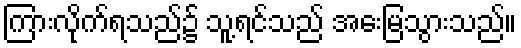
ကြားလိုက်ရသည်၌ သူ့ရင်သည် အေးမြသွားသည်။